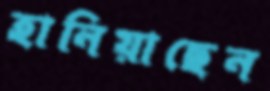
হানিয়াছেন